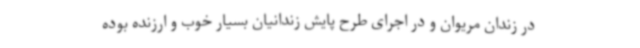
در زندان مریوان و در اجرای طرح پایش زندانیان بسیار خوب و ارزنده بوده